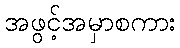
အဖွင့်အမှာစကား